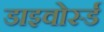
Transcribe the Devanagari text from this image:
डाइवोर्स्ड